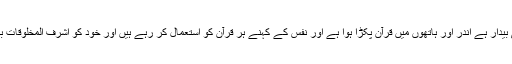
بس اب تو شیطان ہی بیدار ہے اندر اور ہاتھوں میں قرآن پکڑا ہوا ہے اور نفس کے کہنے ہر قرآن کو استعمال کر رہے ہیں اور خود کو اشرف المخلوقات بھی سمجھ رہے ہیں ۔